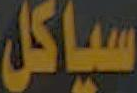
سياكل